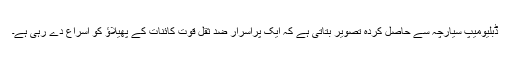
ڈبلیومیپ سیارچہ سے حاصل کردہ تصویر بتاتی ہے کہ ایک پراسرار ضد ثقل قوّت کائنات کے پھیلاؤ کو اسراع دے رہی ہے۔